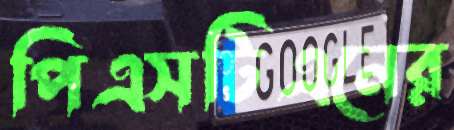
পিএসটিএনের